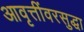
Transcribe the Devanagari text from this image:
आवृत्तींवरसुद्धा